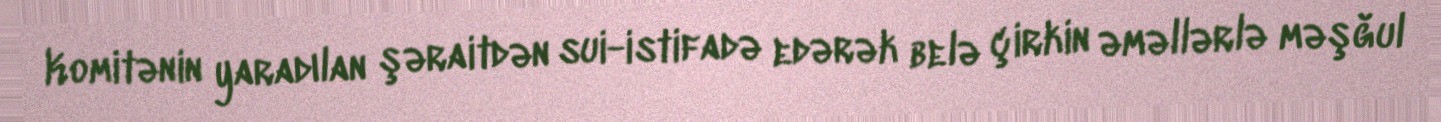
Komitənin yaradılan şəraitdən sui-istifadə edərək belə çirkin əməllərlə məşğul